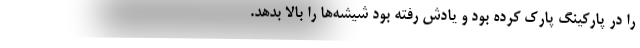
را در پارکینگ پارک کرده بود و یادش رفته بود شیشه‌ها را بالا بدهد.